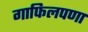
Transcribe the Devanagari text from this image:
गाफिलपणा